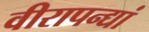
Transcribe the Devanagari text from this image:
वीरापन्द्यां